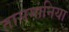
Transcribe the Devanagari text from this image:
तासमानिया